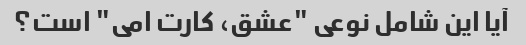
آیا این شامل نوعی "عشق، کارت امی" است؟